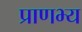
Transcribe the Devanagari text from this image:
प्राणभ्य